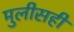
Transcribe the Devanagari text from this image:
मुलीसही